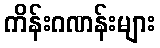
ကိန်းဂဏန်းများ